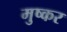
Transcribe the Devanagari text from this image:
मुष्कर